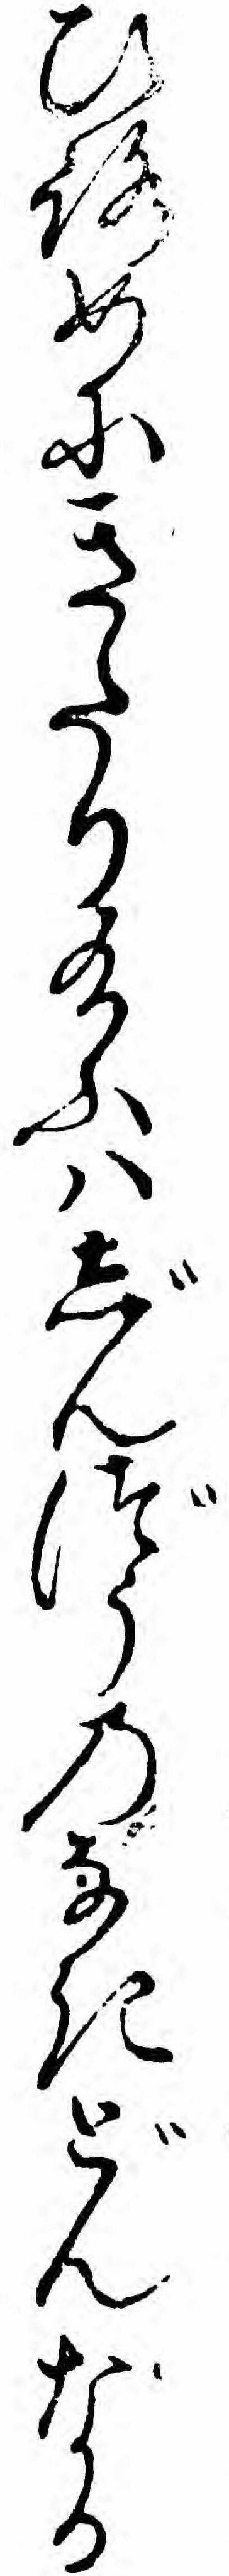
ひろめにきたり給ふハじんづうのなきどんなる